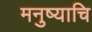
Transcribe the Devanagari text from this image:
मनुष्याचि